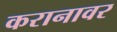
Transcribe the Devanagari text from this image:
करानावर